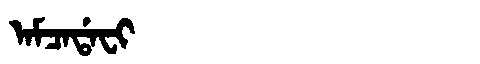
Manchu: ᠠᠮᠴᠠᡩᠠᠸᡳ
Romanization: AMCADAFI